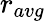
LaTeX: r_{avg}